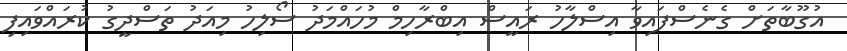
އުގޫބާތަށް ގެނެސްފައިވާ އިސްލާހު ރައީސް އިބްރާހިމް މުހައްމަދު ސޯލިހު މިއަދު ތަސްދީގު ކުރައްވައިފި